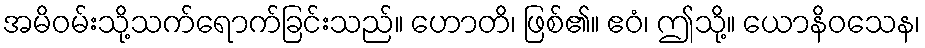
အမိဝမ်းသို့သက်ရောက်ခြင်းသည်။ ဟောတိ၊ ဖြစ်၏။ ဧဝံ၊ ဤသို့။ ယောနိဝသေန၊